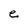
Character: e